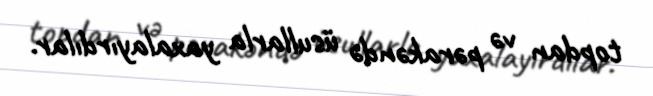
topdan və pərakəndə üsullarla yaxalayırdılar.